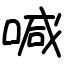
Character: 喊